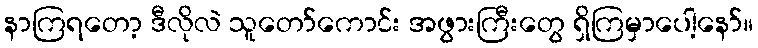
နာကြရတော့ ဒီလိုလဲ သူတော်ကောင်း အဖွားကြီးတွေ ရှိကြမှာပေါ့နော်။